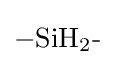
{{-}\mathrm {SiH} {\vphantom {A}}_{\smash[{t}]{2}}{\text{-}}}